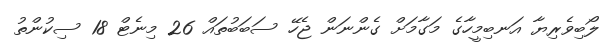
ލޯބިވެރިޔާ އަނބިމީހާގެ މަގާމަށް ގެންނަން ޖެހޭ ސަބަބުތައް 26 މިނެޓް 18 ސިކުންތު